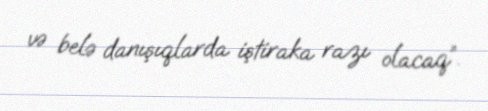
və belə danışıqlarda iştiraka razı olacaq”.